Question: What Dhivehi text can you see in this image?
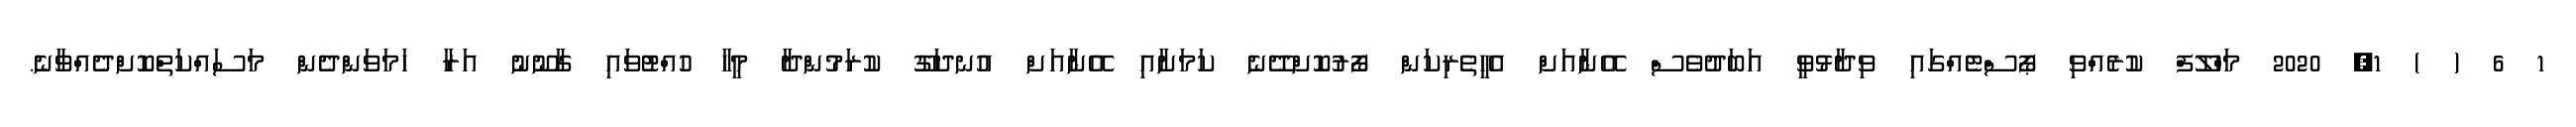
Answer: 1 6 ( ) 1, 2020 މަހްލޫފް ކުރެއްވި ޕޯސްޓެއްގައި ވިދާޅުވީ އަބަދުވެސް އޭނާއަށް އެހީތެރިކަން ފޯރުކޮށްދޭނެ ކަމަށާއި އޭނާއަށް އުނދަގޫ ކުރަމުންދާ މީހާ ހުއްޓުވައި ގާނޫނު އަރާ ހަމަވަންދެން މަސައްކަތްކޮށްދެއްވާނެ.